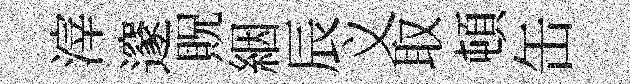
滓邃貺絪辰义取頓缶